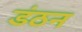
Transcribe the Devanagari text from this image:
डंठन